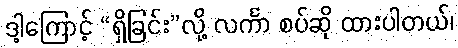
ဒါ့ကြောင့် “ရှိခြင်း”လို့ လင်္ကာ စပ်ဆို ထားပါတယ်၊